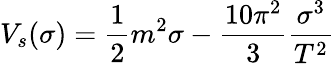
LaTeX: V_{s}(\sigma)=\frac{1}{2}m^{2}\sigma-\frac{10\pi^{2}}{3}\frac{\sigma^{3}}{T^{2}}